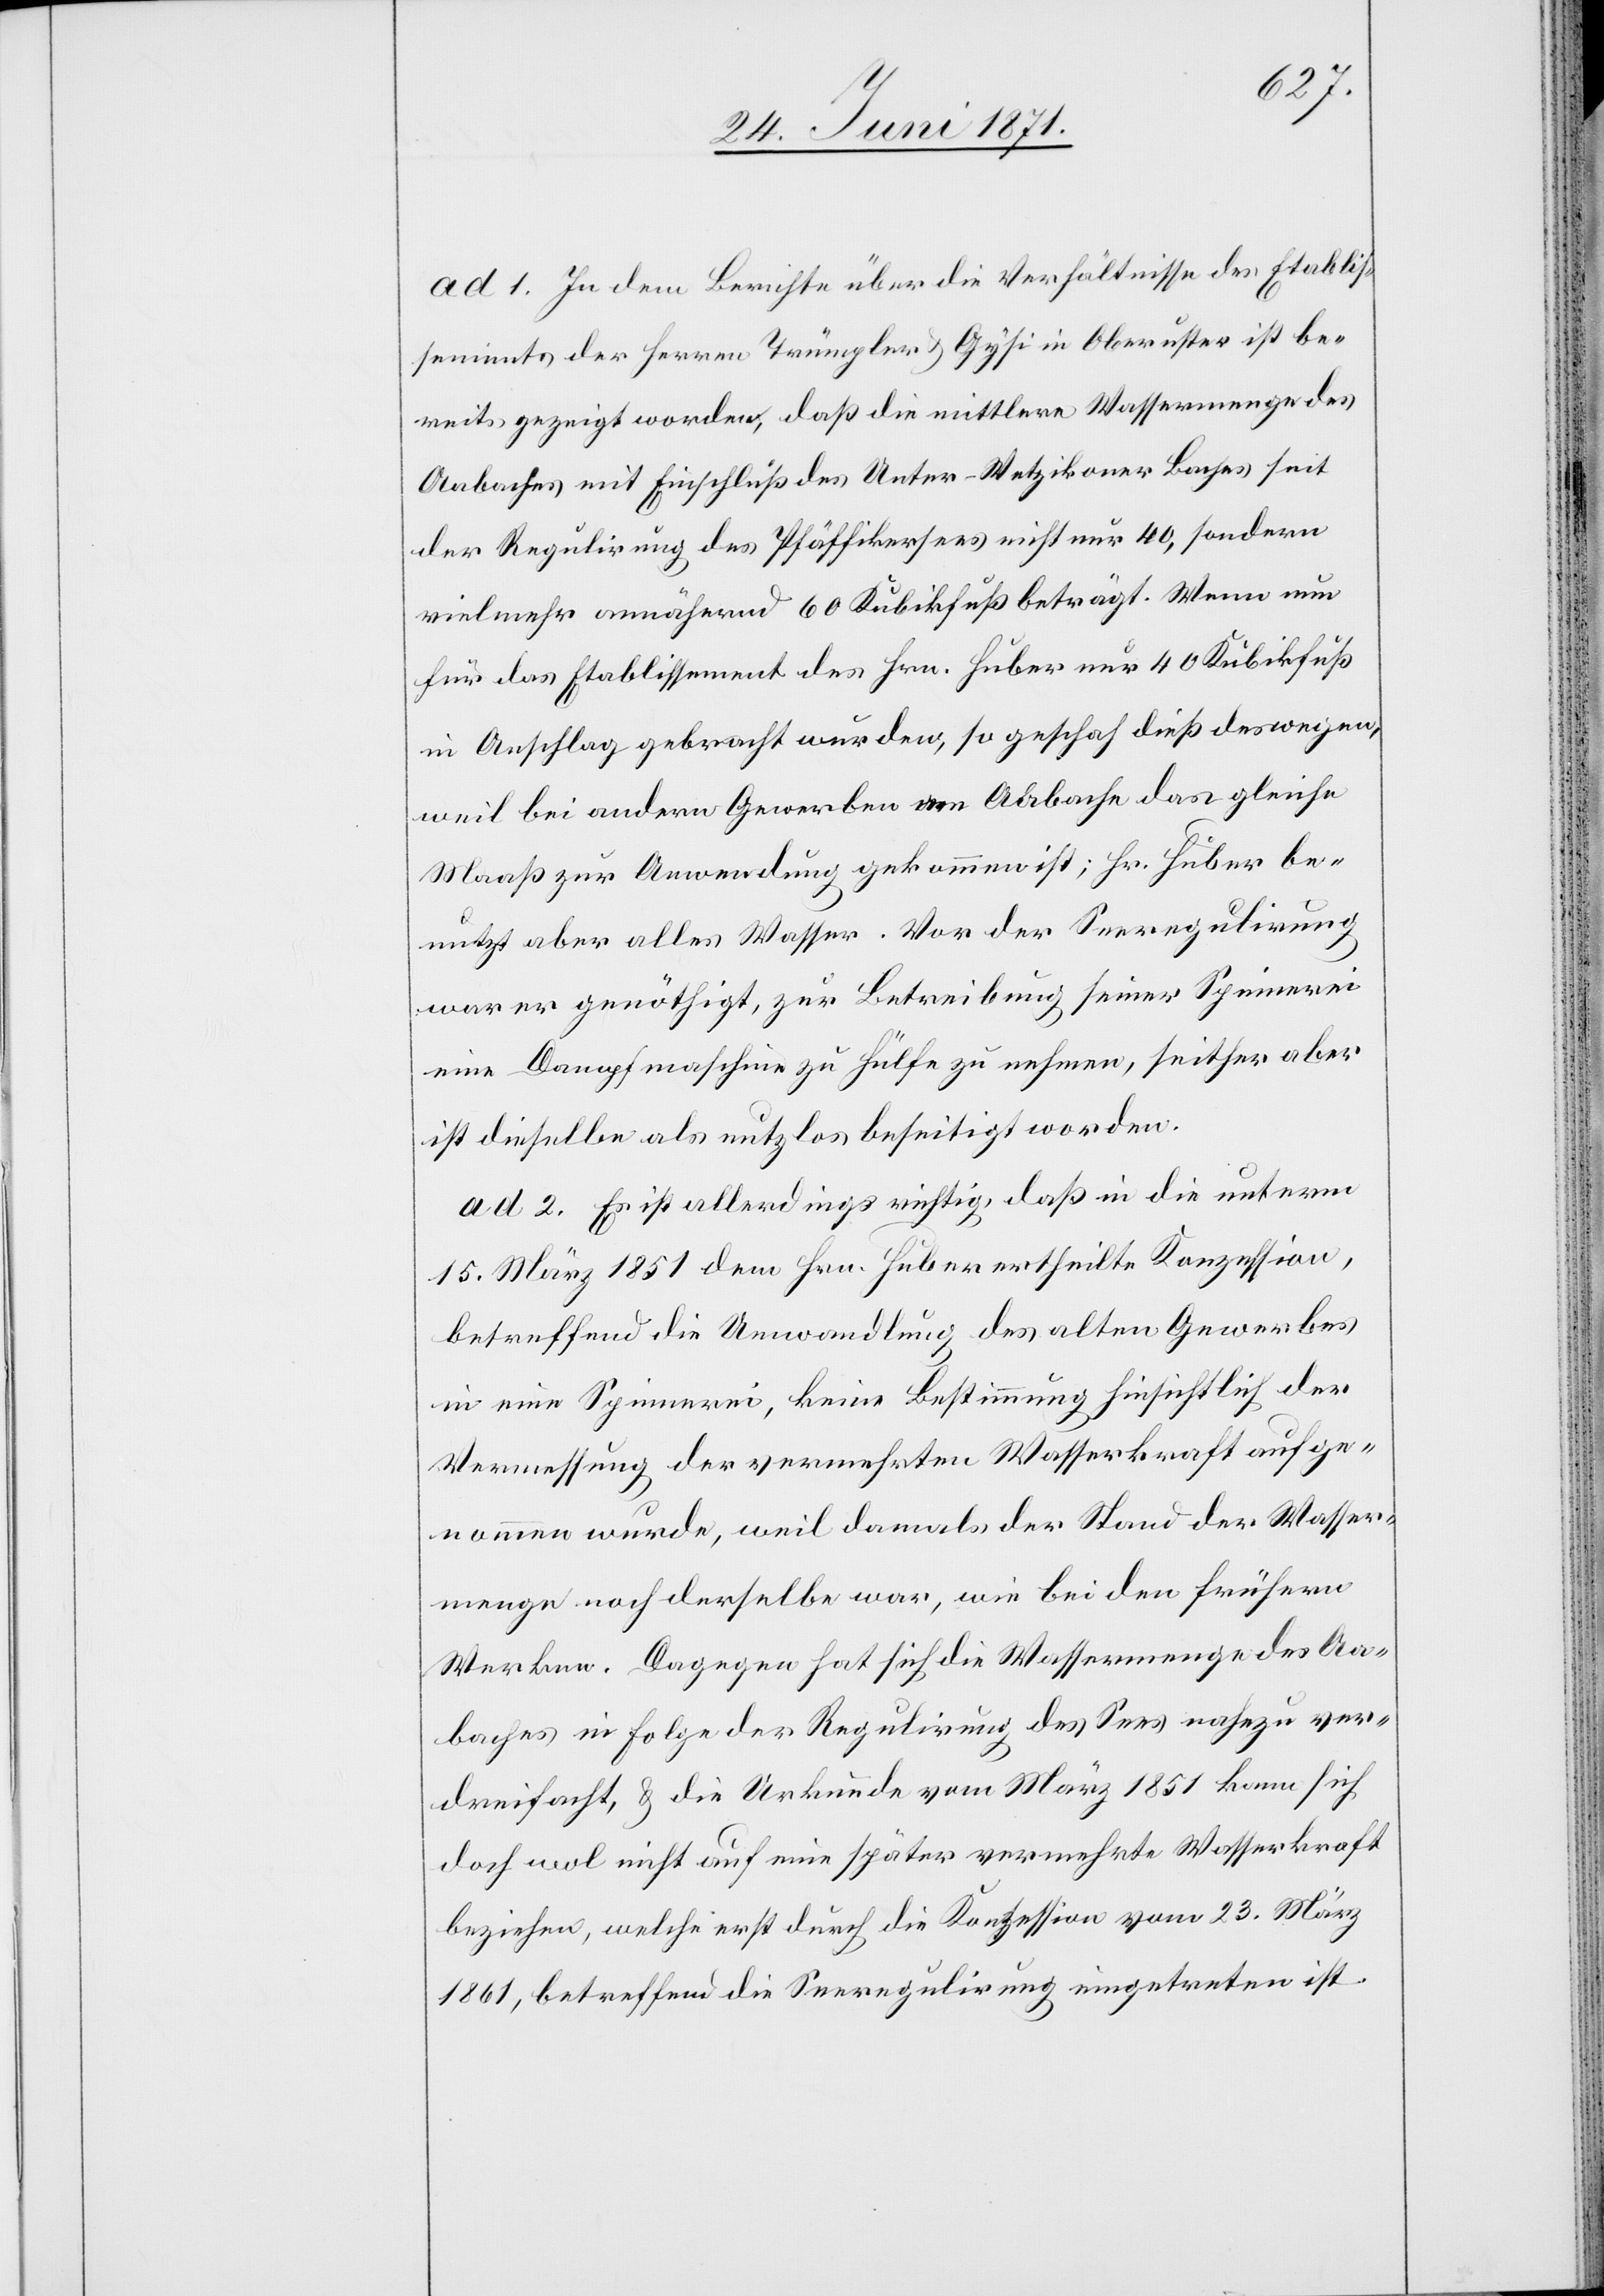
ad 1. In dem Berichte über die Verhältnisse des Etablis¬
sements der Herren Trümpler u. Gysi in Oberuster ist be¬
reits gezeigt worden, daß die mittlere Wassermenge des
Aabaches mit Einschluß des Unter-Wetzikoner Baches seit
der Regulirung des Pfäffikersees nicht nur 40, sondern
vielmehr annähernd 60 Kubikfuß beträgt. Wenn nun
für das Etablissement des Hrn. Huber nur 40 Kubikfuß
in Anschlag gebracht werden, so geschah dieß deswegen,
weil bei andern Gewerben am Aabache das gleiche
Maaß zur Anwendung gekommen ist; Hr. Huber be¬
nutzt aber alles Wasser. Vor der Seeregulirung
war er genöthigt, zur Betreibung seiner Spinnerei
eine Dampfmaschine zu Hülfe zu nehmen, seither aber
ist dieselbe als nutzlos beseitigt worden.
ad 2. Es ist allerdings richtig, daß in die unterm
15. März 1851 dem Hrn. Huber ertheilte Konzession,
betreffend die Umwandlung des alten Gewerbes
in eine Spinnerei, keine Bestimmung hinsichtlich der
Vermessung der vermehrten Wasserkraft aufge¬
nommen wurde, weil damals der Stand der Wasser¬
menge noch derselbe war, wie bei den frühern
Werken. Dagegen hat sich die Wassermenge des Aa¬
baches in Folge der Regulirung des Sees nahezu ver¬
dreifacht, u. die Urkunde vom März 1851 kann sich
doch wol nicht auf eine später vermehrte Wasserkraft
beziehen, welche erst durch die Konzession vom 23. März
1861, betreffend die Seeregulirung eingetreten ist.